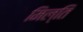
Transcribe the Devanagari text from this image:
मिल्ति